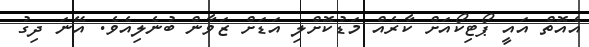
އެއޮތް އައީ ޕޯޓިކޯއަށް ކާރެއް މަޑުކޮށްލި އަޑަށް ޒަވާން ބުނެލިއެވެ. އޭނަ ދިގު